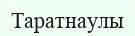
Таратнаулы